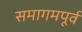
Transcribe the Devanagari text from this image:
समागमपूर्व